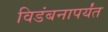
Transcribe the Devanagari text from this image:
विडंबनापर्यंत